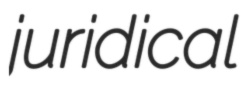
juridical